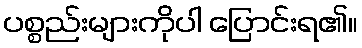
ပစ္စည်းများကိုပါ ပြောင်းရ၏။